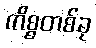
ကိစ္စတစ်ခု